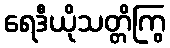
ရေဒီယိုသတ္တိကြွ